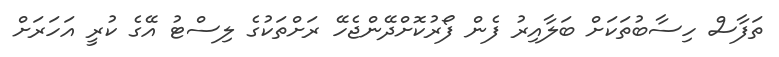
ތަފާސް ހިސާބުތަކަށް ބަލާއިރު ފެން ފޯރުކޮށްދޭންޖެހޭ ރަށްތަކުގެ ލިސްޓު އޭގެ ކުރީ އަހަރަށް